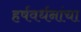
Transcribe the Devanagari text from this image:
हर्षवर्धनांचा